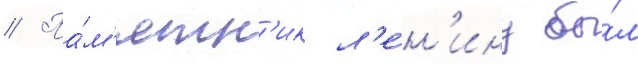
// Па́м'ятн'ик л'е́н'ину бы́л